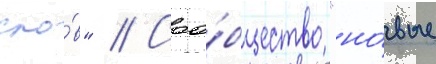
сло́в" // Соо́бщество "но́вые